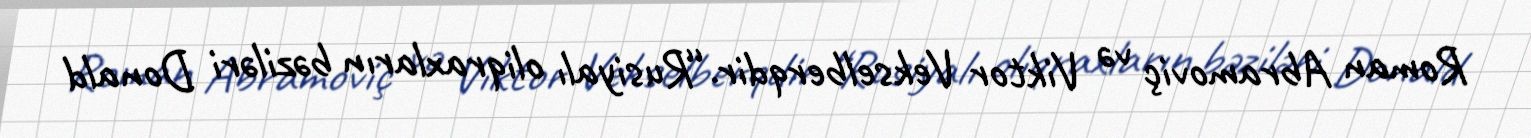
Roman Abramoviç və Viktor Vekselberqdir.“Rusiyalı oliqraxların bəziləri Donald